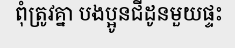
ពុំត្រូវគ្នា បងប្អូនជីដូនមួយផ្ទះ